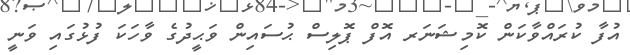
އުފާ ކުރައްވާކަން ކޮމިޝަނަރ އޮފް ޕޮލިސް ޙުސައިން ވަޙީދުގެ ވާހަކަ ފުޅުގައި ވަނީ